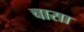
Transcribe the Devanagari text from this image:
चासा